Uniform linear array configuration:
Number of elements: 4
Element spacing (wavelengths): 0.25
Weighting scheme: hann
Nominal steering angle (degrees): -60
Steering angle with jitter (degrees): -59.16
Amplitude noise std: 0.05
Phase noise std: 0.05

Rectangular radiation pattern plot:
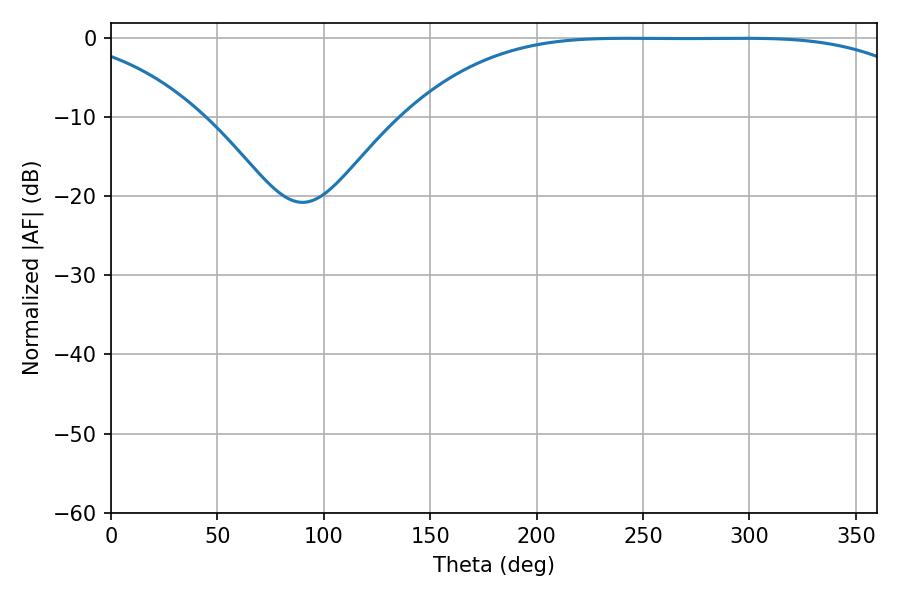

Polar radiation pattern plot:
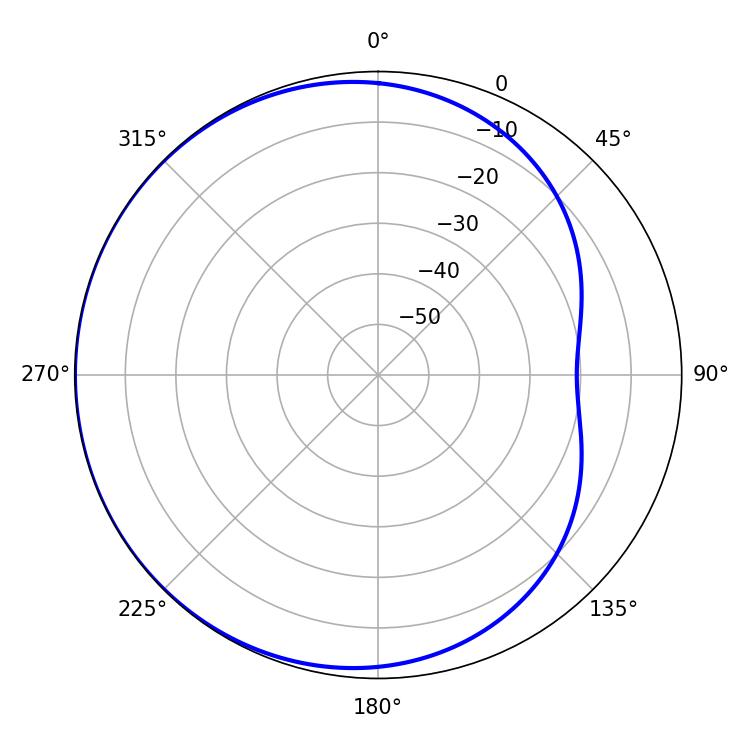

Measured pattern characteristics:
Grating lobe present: FALSE
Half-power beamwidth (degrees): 186.48
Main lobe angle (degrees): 242.46